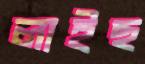
লাইছ